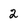
Character: 2